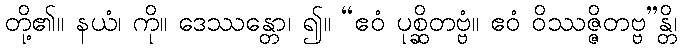
တို့၏။ နယံ၊ ကို။ ဒေဿန္တော၊ ၍။ “ဧဝံ ပုစ္ဆိတဗ္ဗံ။ ဧဝံ ဝိဿဇ္ဇိတဗ္ဗ”န္တိ၊